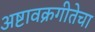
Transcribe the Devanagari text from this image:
अष्टावक्रगीतेचा